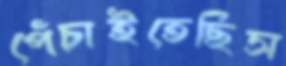
পেঁচাইতেছিস